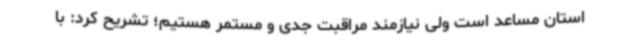
استان مساعد است ولی نیازمند مراقبت جدی و مستمر هستیم؛ تشریح کرد: با